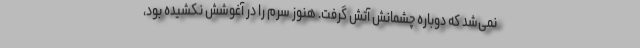
نمی‌شد که دوباره چشمانش آتش گرفت. هنوز سرم را در آغوشش نکشیده بود،